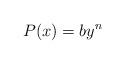
LaTeX: \begin{align*}P(x)=by^{n}\end{align*}